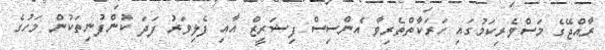
ރާއްޖޭގެ މަސްވެރިކަމުގައި ހަރަކާތްތެރިވާ އެންސިސް ފިޝަރީޒް އާއި ފެލިވަރު ފަދަ ކުންފުނިތަކުން މަހުގެ